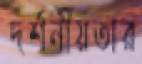
দর্শনীয়তার